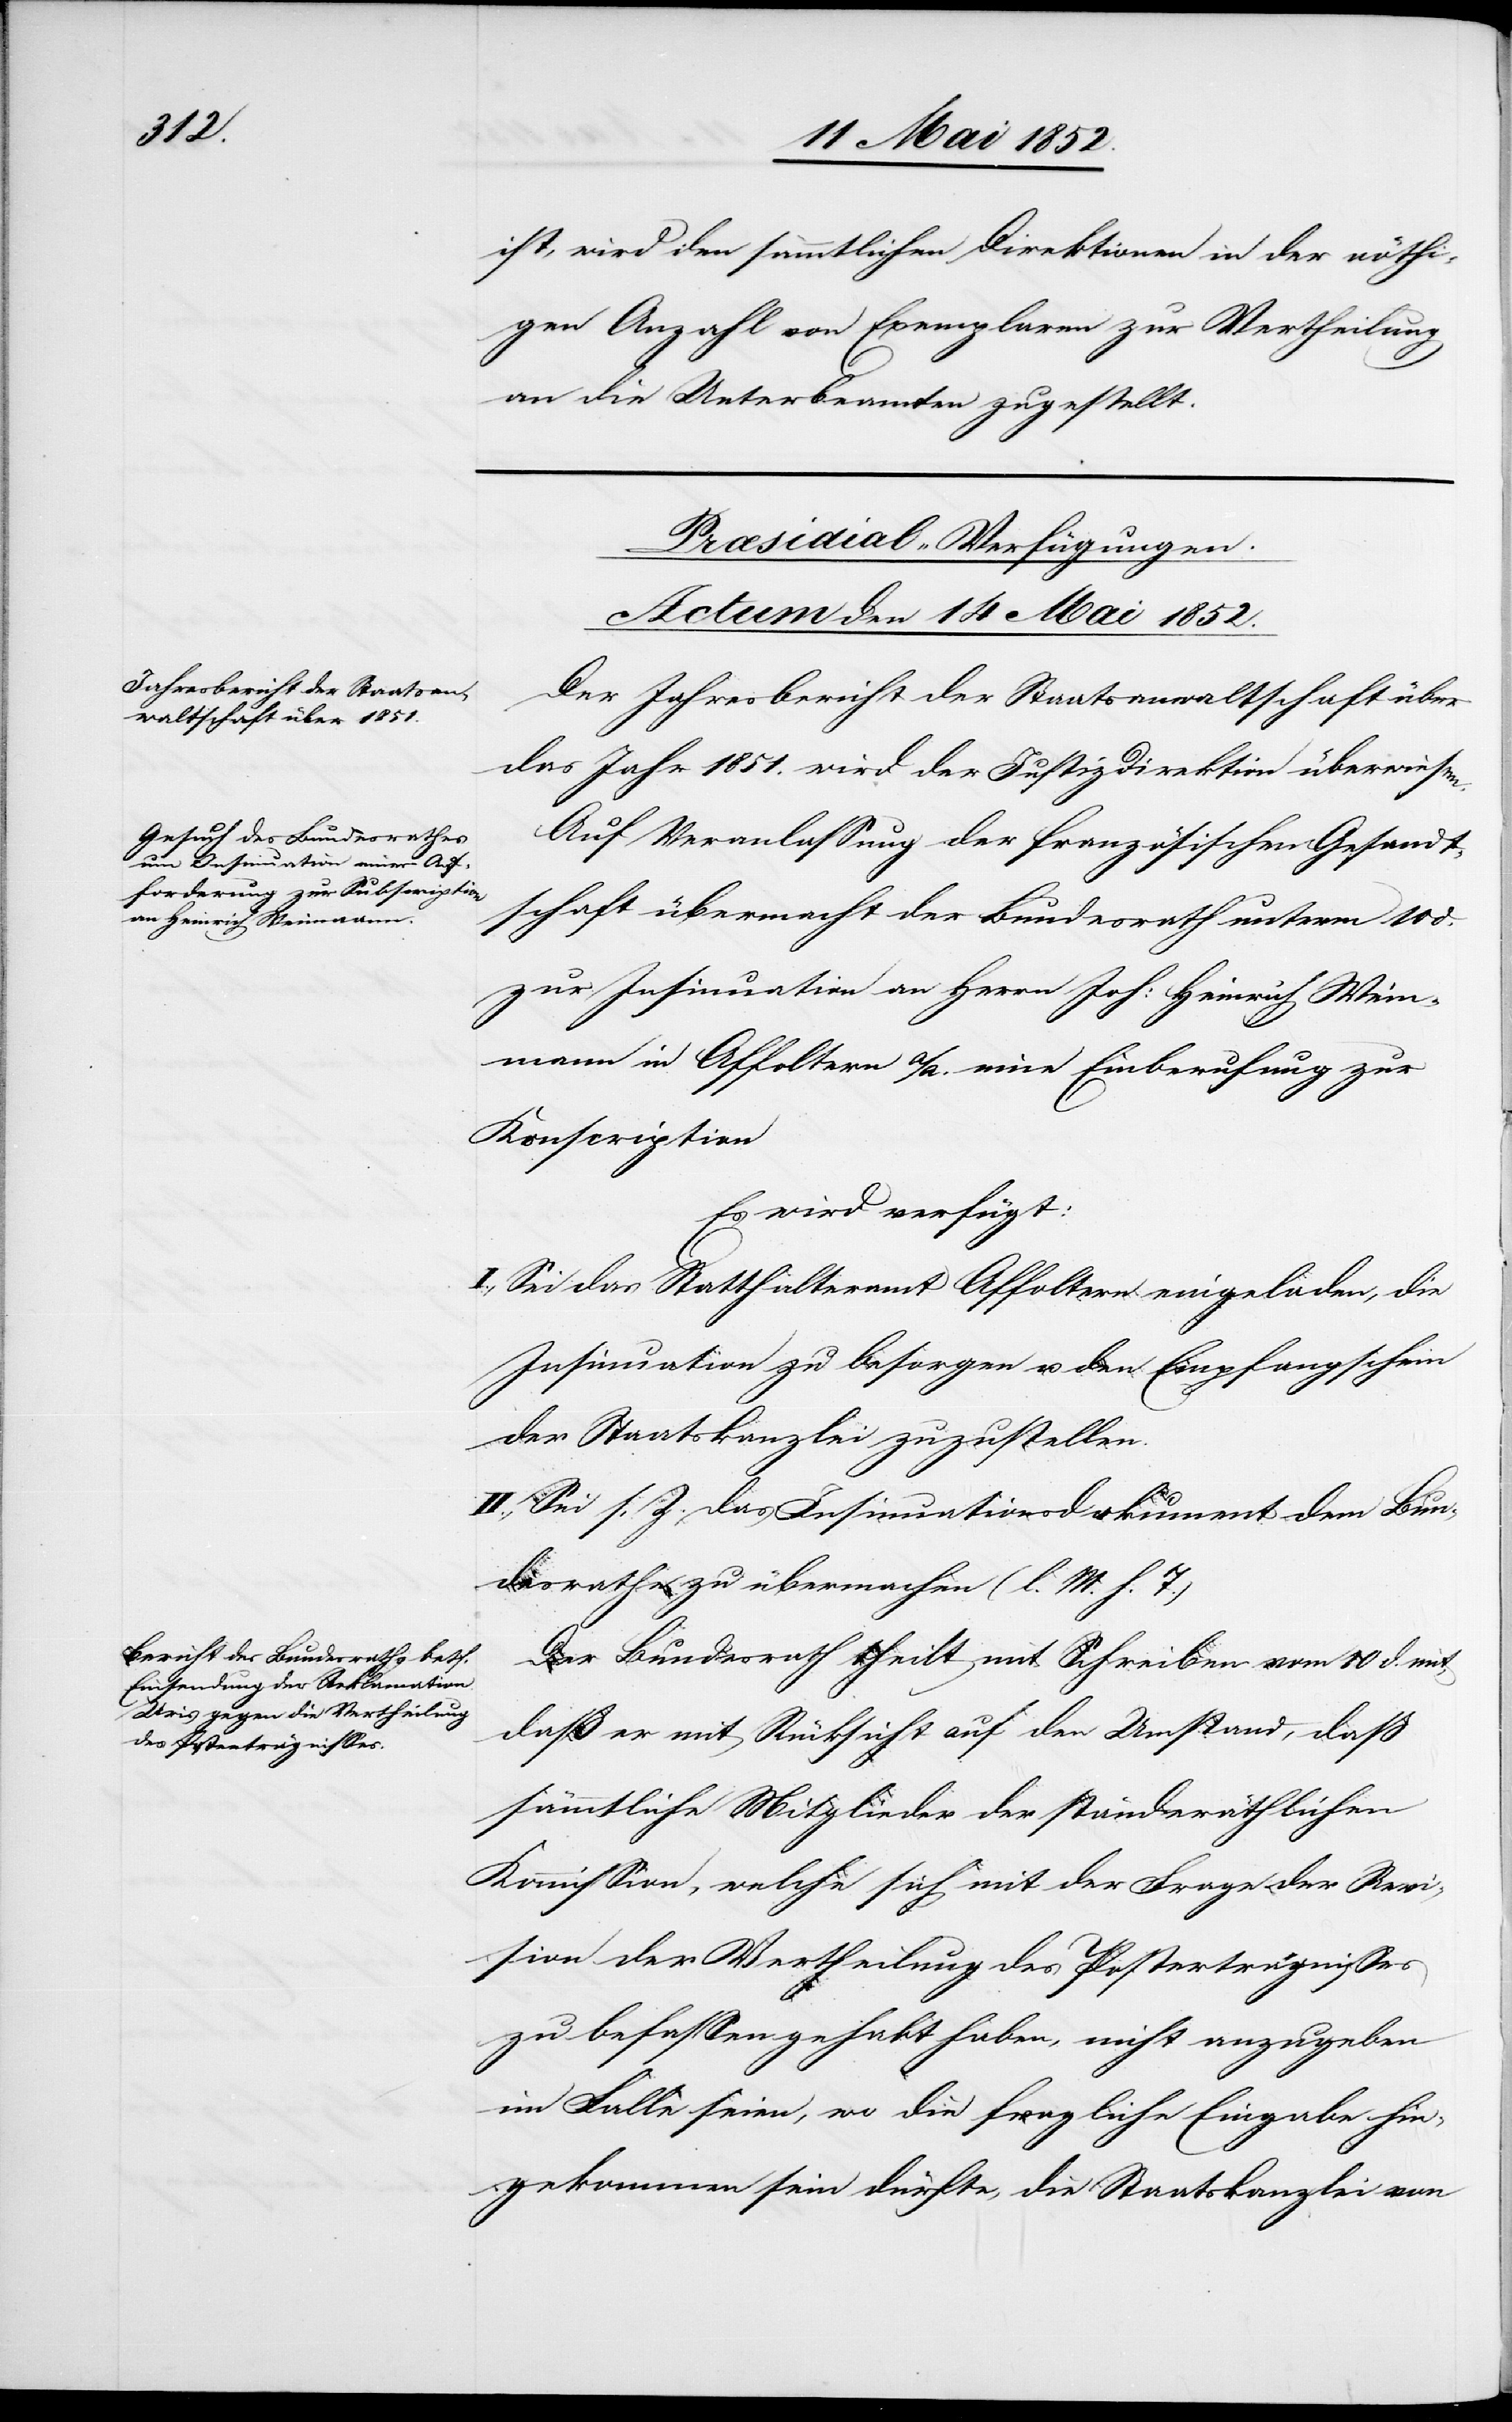
ist, wird den sämmtlichen Direktionen in der nöthi¬
gen Anzahl von Exemplaren zur Vertheilung
an die Unterbeamten zugestellt.
[Præsidial-Verfügungen.
Actum den 14 Mai 1852.]
Der Jahresbericht der Staatsanwaltschaft über
das Jahr 1851. wird der Justizdirektion überwiesen.
Auf Veranlassung der französischen Gesandt¬
schaft übermacht der Bundesrath unterm 10 d.
zur Insinuation an Herrn Joh: Heinrich Wein¬
mann in Affoltern a/A. eine Einberufung zur
Konscription
Es wird verfügt:
I., Sei das Statthalteramt Affoltern eingeladen, die
Insinuation zu besorgen u. den Empfangschein
der Staatskanzlei zuzustellen.
II., Sei s. Z. das Insinuationsdokument dem Bun¬
desrathe zu übermachen (l. M. h. T.)
Der Bundesrath theilt mit Schreiben vom 10 d. mit,
daß er mit Rücksicht auf den Umstand, daß
sämmtliche Mitglieder der ständeräthlichen
Kommission, welche sich mit der Frage der Revi¬
sion der Vertheilung des Posterträgnisses
zu befassen gehabt haben, nicht anzugeben
im Falle seien, wo die fragliche Eingabe hin¬
gekommen sein dürfte, die Staatskanzlei von